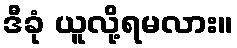
ဒီခုံ ယူလို့ရမလား။